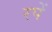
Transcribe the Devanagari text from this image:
रपें